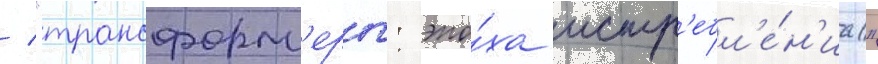
/ "трансформ'еры: эпо́ха истр'ебл'е́н'иа"